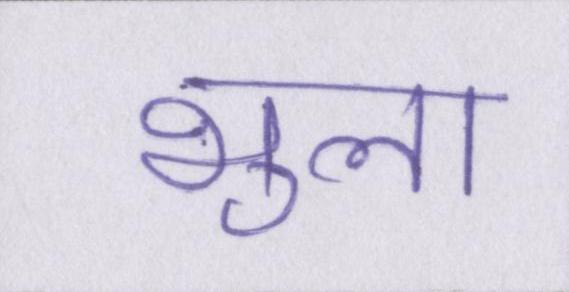
भुला